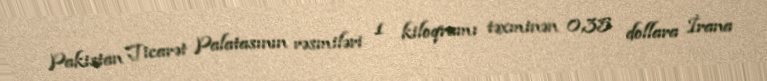
Pakistan Ticarət Palatasının rəsmiləri 1 kiloqramı təxminən 0,35 dollara İrana